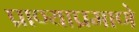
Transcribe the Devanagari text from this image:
प्राण्याप्रमाणे